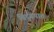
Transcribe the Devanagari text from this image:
बिंदुरूपात